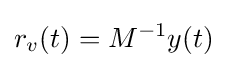
r_{v}(t)=M^{-1}y(t)